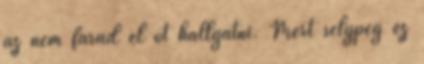
az nem fárad el őt hallgatni. Mért selypeg ez